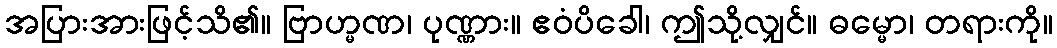
အပြားအားဖြင့်သိ၏။ ဗြာဟ္မဏ၊ ပုဏ္ဏား။ ဧဝံပိခေါ၊ ဤသို့လျှင်။ ဓမ္မော၊ တရားကို။